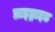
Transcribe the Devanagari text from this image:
डाइड्राइड